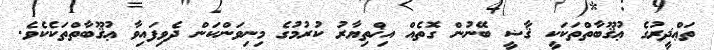
ތަޢްޛީރުގެ ޢުޤޫބާތްތަކަކީ ޤާޟީ ބޭނުން ގޮތެއް އިޚްތިޔާރު ކުރުމުގެ މިނިވަންކަން ދެވިފައިވާ ޢުޤޫބާތްތަކެކެވެ.